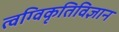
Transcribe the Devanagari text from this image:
त्वग्विकृतिविज्ञान